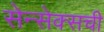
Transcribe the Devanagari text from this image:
सेन्सेक्सची